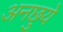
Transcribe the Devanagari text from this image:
अनछुये